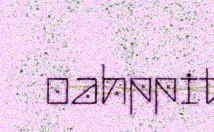
oahppit